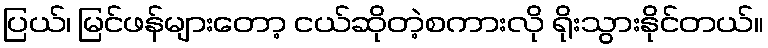
ပြယ်၊ မြင်ဖန်များတော့ ငယ်ဆိုတဲ့စကားလို ရိုးသွားနိုင်တယ်။